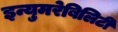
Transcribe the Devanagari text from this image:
इन्युमरेबिलिटी